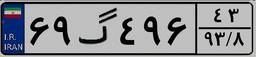
۵۴گ۸۷۶۵۰